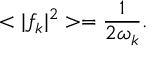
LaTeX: < \vert f _ { k } \vert ^ { 2 } > = { \frac { 1 } { 2 \omega _ { k } } } .